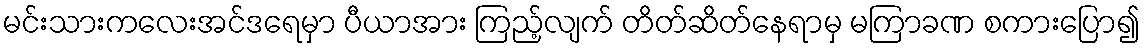
မင်းသားကလေးအင်ဒရေမှာ ပီယာအား ကြည့်လျက် တိတ်ဆိတ်နေရာမှ မကြာခဏ စကားပြော၍